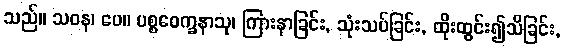
သည်။ သဝန၊ ပေ။ ပစ္စဝေက္ခနာသု၊ ကြားနာခြင်း, သုံးသပ်ခြင်း, ထိုးထွင်း၍သိခြင်း,